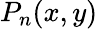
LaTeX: P_{n}(x,y)